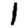
Digit: 1